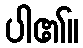
ပါ၏။